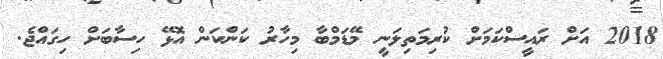
2018 އަށް ރައީސްކަމަށް ކުރިމަތިލަނީ މޭޑަމްބާ މިހާރު ކަންކަން އޮޅޭ ހިސާބަށް ހިގައްޖެ.